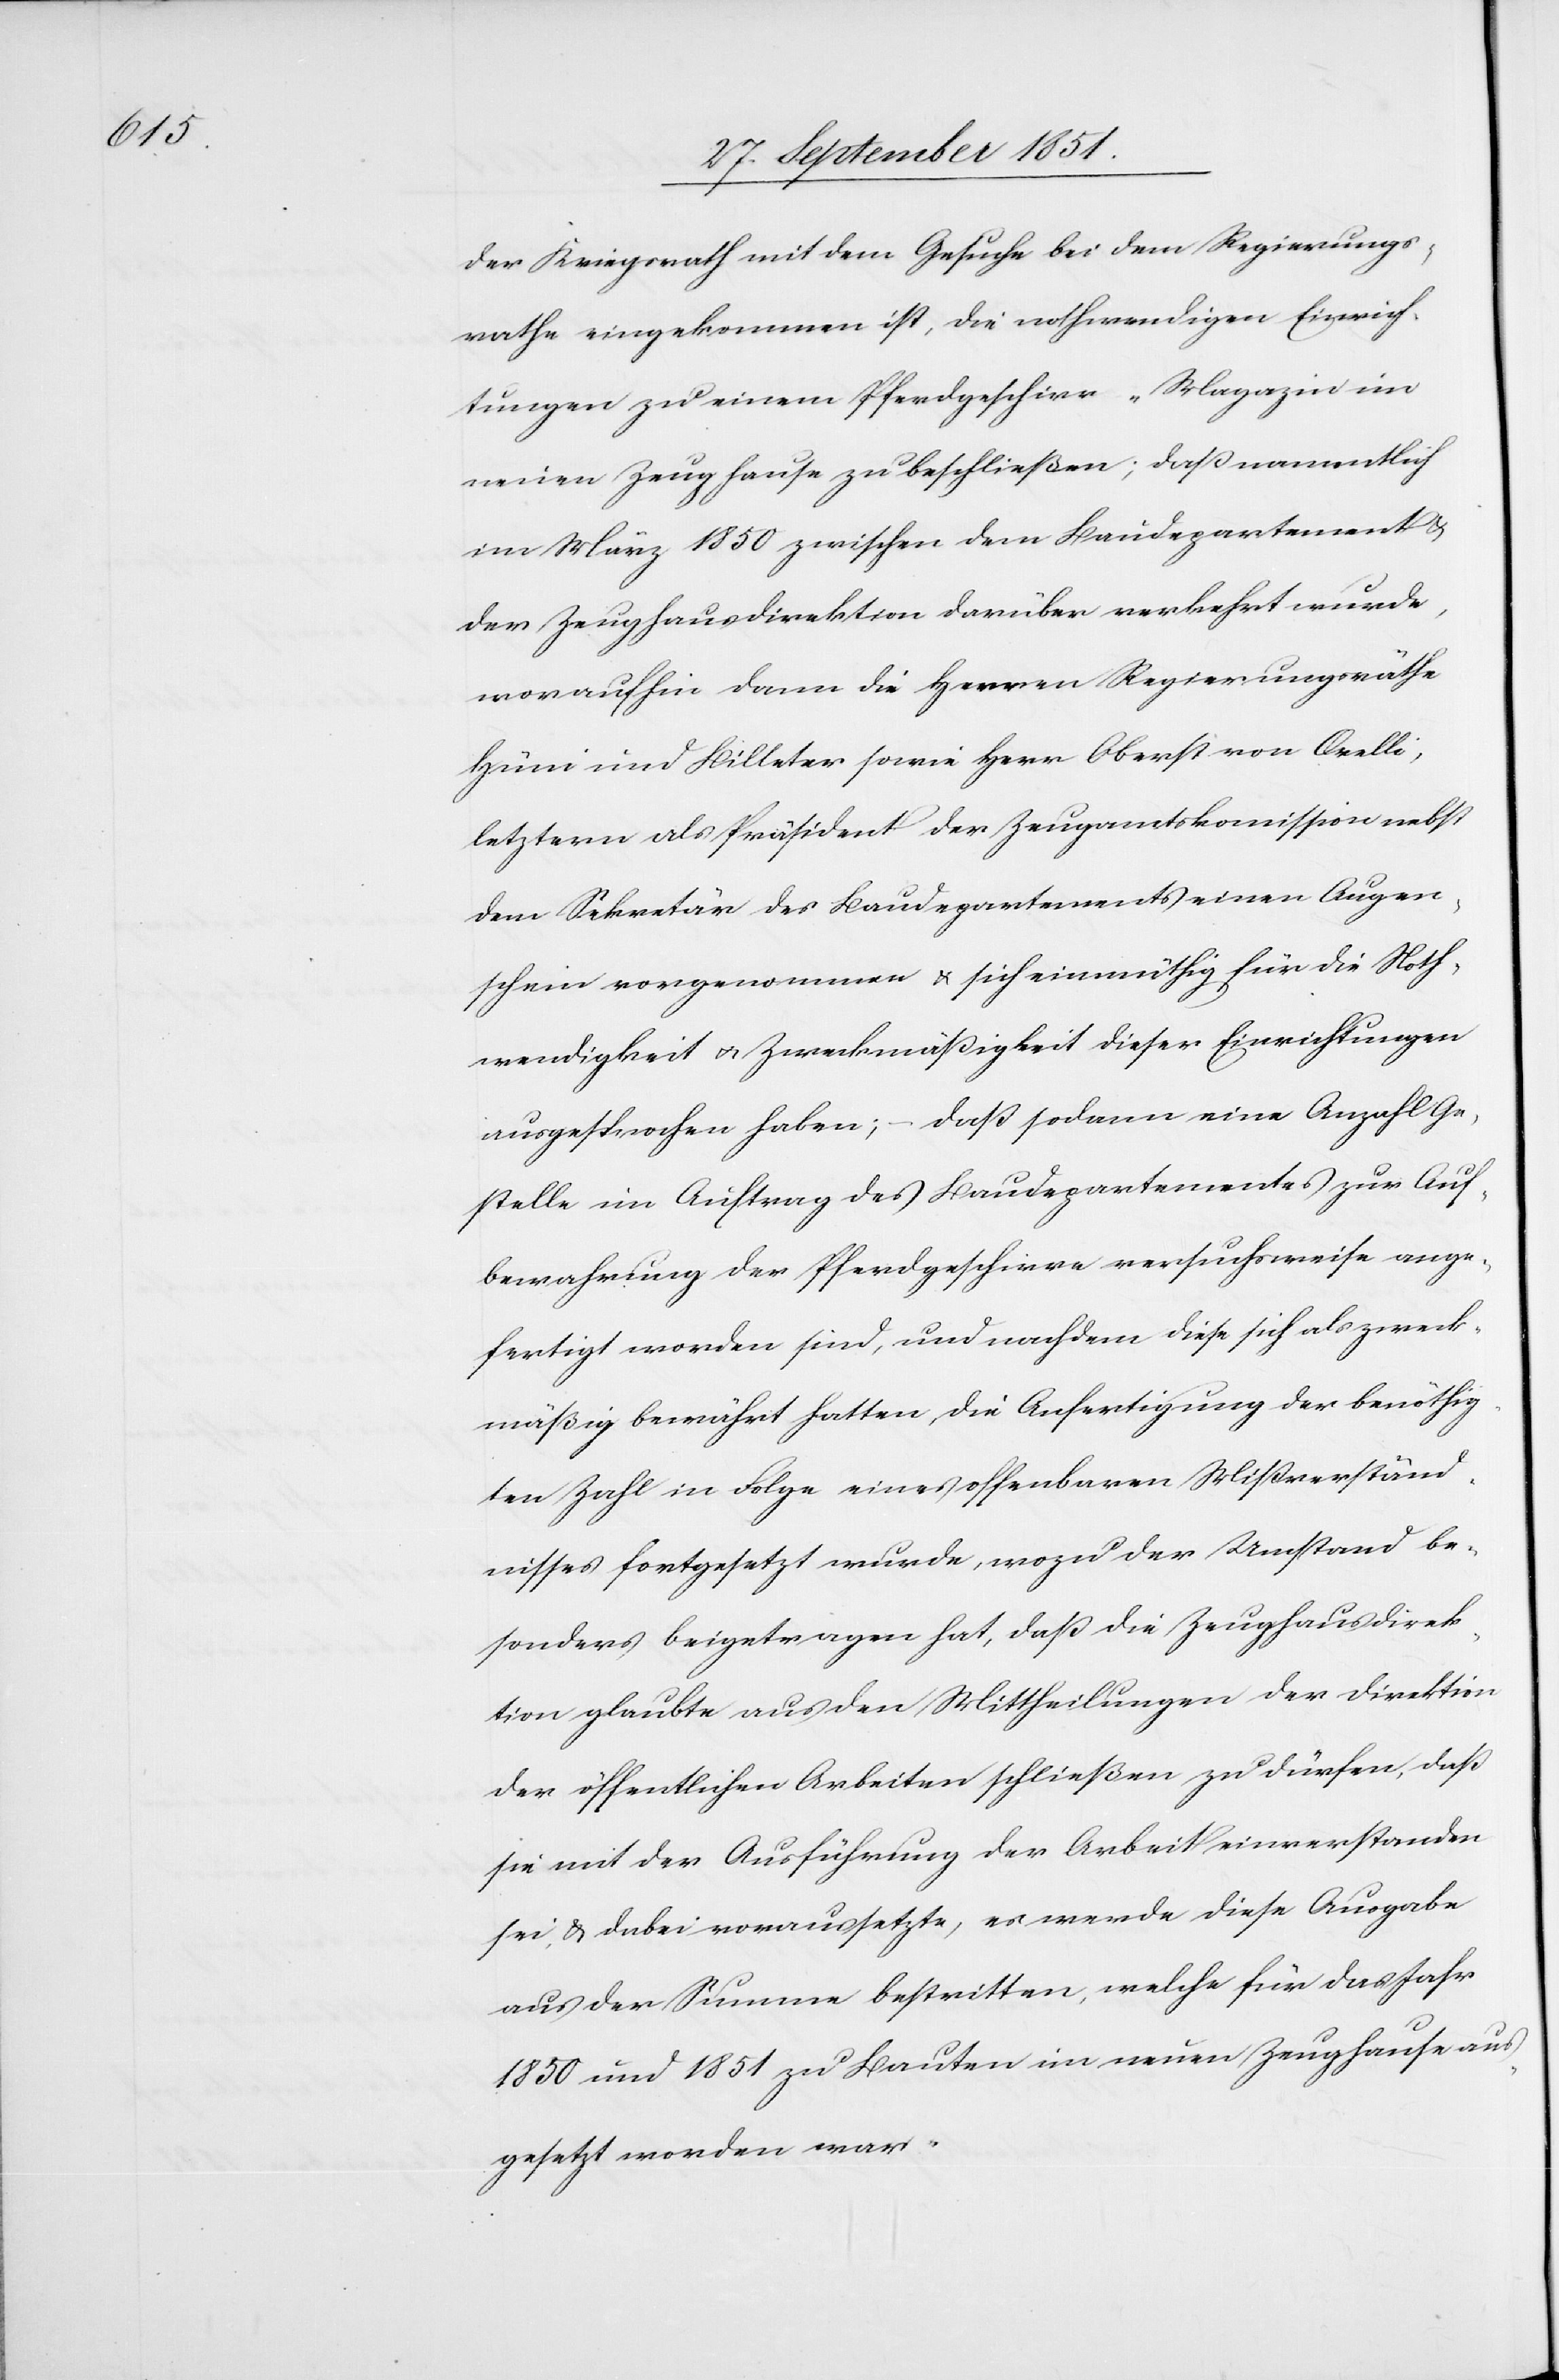
der Kriegsrath mit dem Gesuche bei dem Regierungs¬
rathe eingekommen ist, die nothwendigen Einrich¬
tungen zu einem Pferdgeschirr-Magazin im
neuen Zeughause zu beschließen; daß namentlich
im März 1850 zwischen dem Baudepartement &
der Zeughausdirektion darüber verkehrt wurde,
woraufhin dann die Herren Regierungsräthe
Hüni und Billeter sowie Herr Oberst von Orelli,
letzterer] als Präsident der Zeugamtskommission nebst
dem Sekretär des Baudepartements einen Augen¬
schein vorgenommen & sich einmüthig für die Noth¬
wendigkeit & Zweckmäßigkeit dieser Einrichtungen
ausgesprochen haben; – daß sodann eine Anzahl Ge¬
stelle im Auftrag des Baudepartementes zur Auf¬
bewahrung der Pferdgeschirre versuchsweise ange¬
fertigt worden sind, und nachdem diese sich als zweck¬
mäßig bewährt hatten, die Anfertigung der benöthig¬
ten Zahl in Folge eines offenbaren Mißverständ¬
nisses fortgesetzt wurde, wozu der Umstand be¬
sonders beigetragen hat, daß die Zeughausdirek¬
tion glaubte aus den Mittheilungen der Direktion
der öffentlichen Arbeiten schließen zu dürfen, daß
sie mit der Ausführung der Arbeit einverstanden
sei, & dabei voraussetzte, es werde diese Ausgabe
aus der Summe bestritten, welche für das Jahr
1850 und 1851 zu Bauten im neuen Zeughause aus¬
gesetzt worden war.